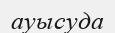
ауысуда